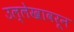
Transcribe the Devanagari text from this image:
उल्लेखावरून